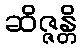
ဆိဇ္ဇန္တိ